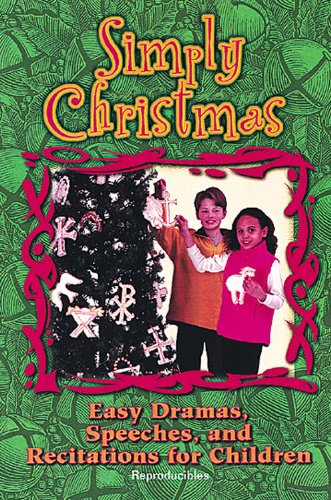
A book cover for Simply Christmas: Easy Dramas, Speeches, and Recitations for Children; Peggy Augustine; Literature & Fiction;